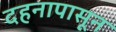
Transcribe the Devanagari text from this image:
दहनापासून